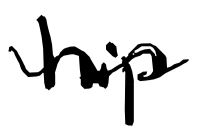
Text: hip
Cross-out: wave
Writing tool: digital_black